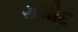
રામોદ